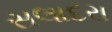
સલાદરા